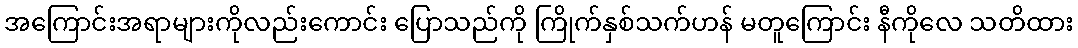
အကြောင်းအရာများကိုလည်းကောင်း ပြောသည်ကို ကြိုက်နှစ်သက်ဟန် မတူကြောင်း နီကိုလေ သတိထား